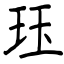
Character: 珏